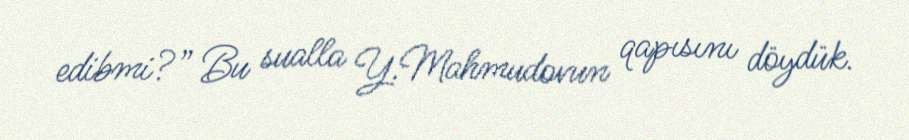
edibmi?” Bu sualla Y.Mahmudovun qapısını döydük.